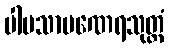
ပါပသာမဏေရသုတ္တံ